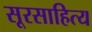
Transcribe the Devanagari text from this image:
सूरसाहित्य